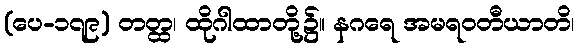
(ပေ-၁၇၉) တတ္ထ၊ ထိုဂါထာတို့၌။ နဂရေ အမရဝတီယာတိ၊